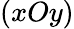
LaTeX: (xOy)